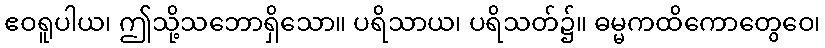
ဧဝရူပါယ၊ ဤသို့သဘောရှိသော။ ပရိသာယ၊ ပရိသတ်၌။ ဓမ္မကထိကောတွေဝေ၊